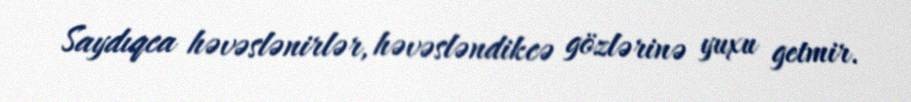
Saydıqca həvəslənirlər, həvəsləndikcə gözlərinə yuxu getmir.